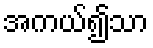
အကယ်၍သာ